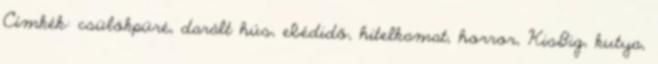
Címkék: csülökpüré, darált hús, ebédidő, hitelkamat, horror, KisBig, kutya,